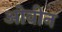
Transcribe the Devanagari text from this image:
ओवीन